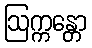
ဩက္ကန္တော